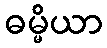
ဓမ္မိယာ